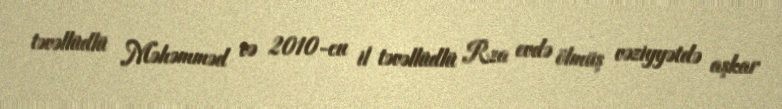
təvəllüdlü Məhəmməd və 2010-cu il təvəllüdlü Rza evdə ölmüş vəziyyətdə aşkar